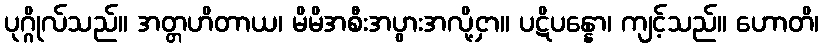
ပုဂ္ဂိုလ်သည်။ အတ္တဟိတာယ၊ မိမိအစီးအပွားအလို့ငှာ။ ပဋိပန္နော၊ ကျင့်သည်။ ဟောတိ၊